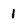
Character: 1